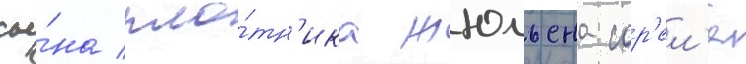
сы́на пло́тн'ика жюльена сор'ел'я